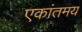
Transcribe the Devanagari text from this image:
एकांतमय